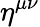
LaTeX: \eta^{\mu\nu}